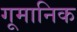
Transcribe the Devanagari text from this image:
गूमानिक